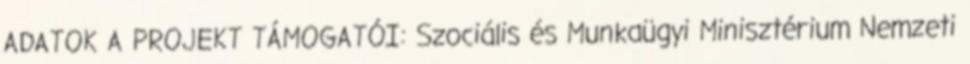
ADATOK A PROJEKT TÁMOGATÓI: Szociális és Munkaügyi Minisztérium Nemzeti